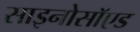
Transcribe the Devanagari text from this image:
साइनोसॉएड